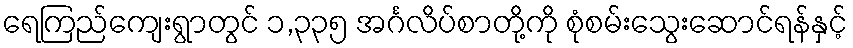
ရေကြည်ကျေးရွာတွင် ၁,၃၃၅ အင်္ဂလိပ်စာတို့ကို စုံစမ်းသွေးဆောင်ရန်နှင့်